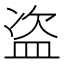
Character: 盗